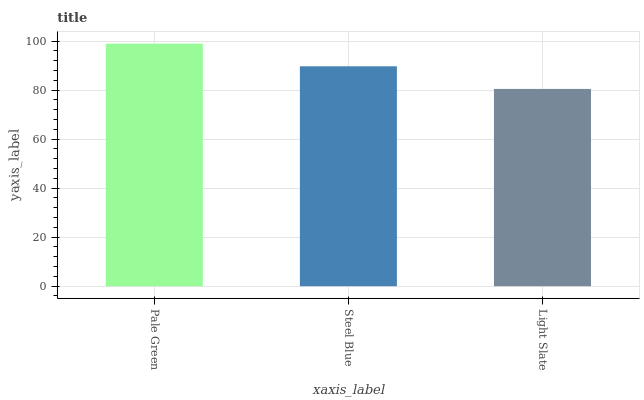
| xaxis_label | bars |
 | --- | --- |
 | Pale Green | 99 |
 | Steel Blue | 89.8 |
 | Light Slate | 80.5 |